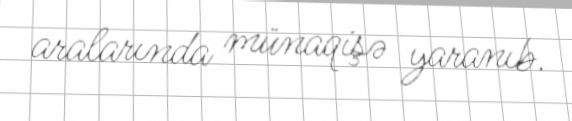
aralarında münaqişə yaranıb.